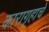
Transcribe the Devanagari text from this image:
कारागृहाचे